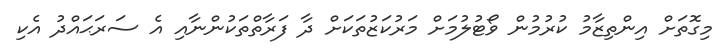
މިގޮތަށް އިންތިޒާމު ކުރުމުން ވޯޓުލުމަށް މަރުކަޒުތަކަށް ދާ ފަރާތްތަކުންނާއި އެ ސަރަޙައްދު އެކި